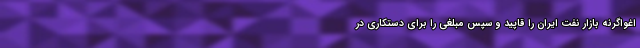
اغواگرنه بازار نفت ایران را قاپید و سپس مبلغی را برای دستکاری در